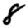
Digit: 8